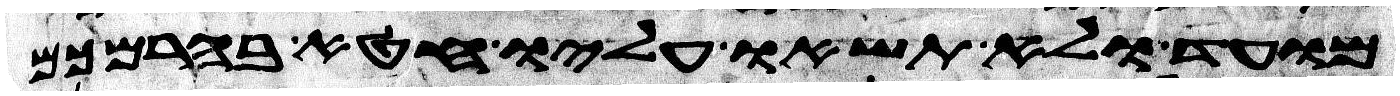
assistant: מועד ולא תשאו עליו חטא בהרמכם